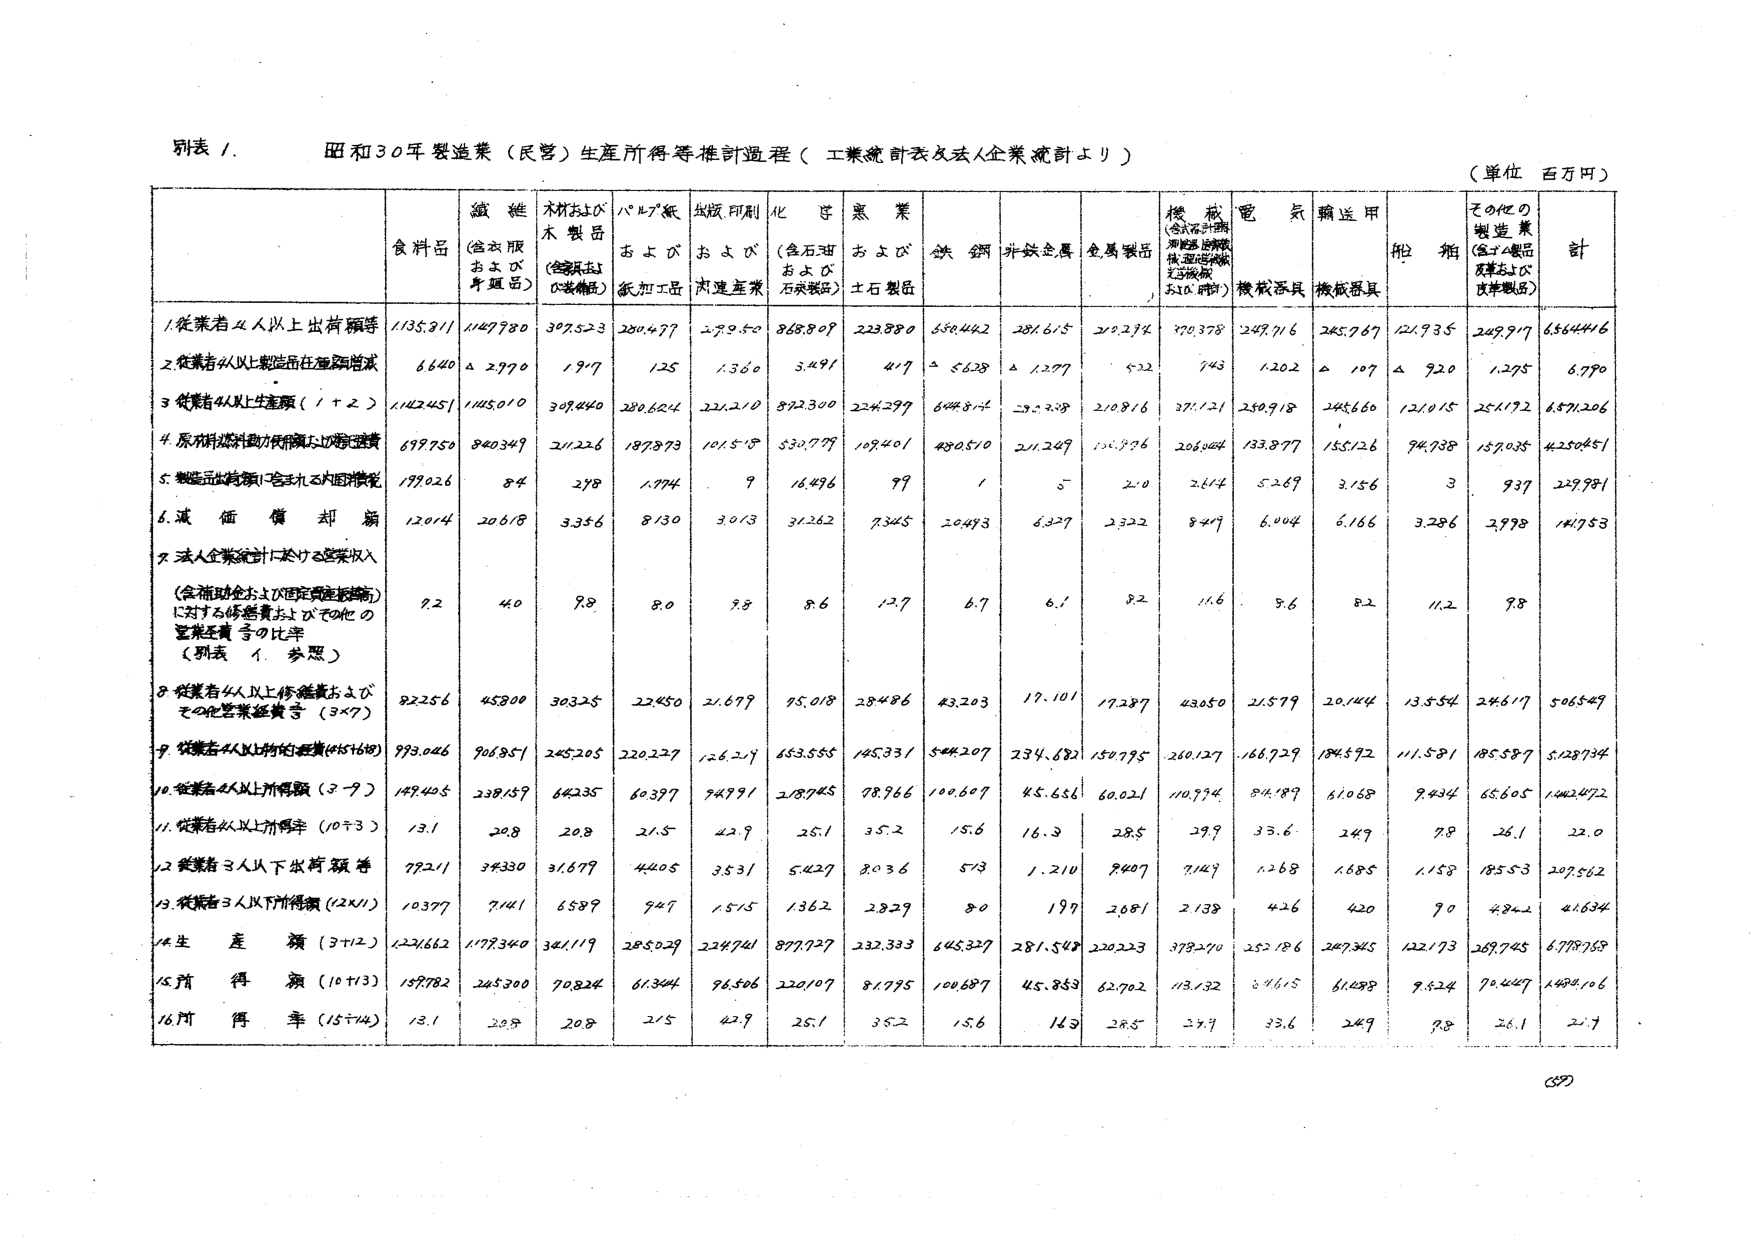
別表Ⅰ．
昭和３０年製造業（民営）生産所得等推計過程（工業統計表及法人企業統計より）
（単位 百万円）

| | 食料品 | 繊維（含衣服および身具） | 木材および木製品（含家具および装飾品） | パルプ紙および紙加工品 | 印刷・印刷および関連産業 | 化学（含石油および石炭製品） | 悪業および石製品 | 鉄鋼 | 非鉄金属 | 金属製品 | 機械（含工作機械、測定器、計器、機械工具、電気機械、通信機械、および機械類） | 電気機械器具 | 輸送用機械器具 | 船舶 | その他の製造業（含ゴム製品および皮革製品） | 計 |
|---|---|---|---|---|---|---|---|---|---|---|---|---|---|---|---|---|
| 1. 従業者４人以上出荷額等 | 1135.911 | 1147.790 | 307.523 | 280.477 | 279.950 | 868.809 | 223.880 | 650.442 | 281.615 | 210.274 | 770.378 | 249.716 | 245.767 | 121.935 | 249.917 | 6564.416 |
| 2. 従業者４人以上製造品仕入額増減 | 6.640 | △ 2.970 | 1.917 | 1.25 | 1.360 | 5.491 | 417 | △ 5.628 | △ 1.277 | 5.22 | 743 | 1.202 | △ 107 | △ 920 | 1.295 | 6.770 |
| 3. 従業者４人以上生産額（1＋2） | 1142.451 | 1145.010 | 309.440 | 280.602 | 221.210 | 872.300 | 224.297 | 644.814 | 279.338 | 210.816 | 371.121 | 250.918 | 245.660 | 121.015 | 251.172 | 6571.206 |
| 4. 原材料燃料動力費および間接費 | 697.750 | 840.347 | 211.226 | 187.873 | 101.518 | 530.779 | 109.401 | 480.510 | 211.247 | 111.976 | 206.064 | 133.877 | 155.126 | 94.738 | 159.035 | 4250.451 |
| 5. 製造品出荷額に含まれる内国消費税 | 179.026 | 84 | 298 | 1.774 | 9 | 16.496 | 99 | 1 | 5 | 210 | 2.614 | 5.269 | 3.156 | 3 | 937 | 229.991 |
| 6. 減価償却額 | 120.114 | 206.18 | 3.356 | 8.130 | 3.013 | 31.262 | 7.345 | 20.493 | 6.327 | 2.322 | 8.417 | 6.104 | 6.166 | 3.286 | 2.978 | 141.753 |
| 7. 法人企業統計における営業収入（各種助金および固定資産移転等）に対する修繕費およびその他の営業経費等の比率（別表Ⅰ 参照） | 9.2 | 4.0 | 9.8 | 8.0 | 9.8 | 8.6 | 12.7 | 6.7 | 6.1 | 8.2 | 11.6 | 5.6 | 8.2 | 11.2 | 9.8 | |
| 8. 従業者４人以上修繕費およびその他営業経費等（3×7） | 82.256 | 45.800 | 30.325 | 22.450 | 21.679 | 95.018 | 28.486 | 43.203 | 17.101 | 17.237 | 43.050 | 21.579 | 20.144 | 13.554 | 24.617 | 506.549 |
| 9. 従業者４人以上付加価値（3-5-6-8） | 993.046 | 906.951 | 245.205 | 220.227 | 126.217 | 653.555 | 145.331 | 544.207 | 234.682 | 150.795 | 260.127 | 166.929 | 184.592 | 111.581 | 185.537 | 5128.734 |
| 10. 従業者４人以上所得額（9-7） | 149.405 | 238.157 | 64.235 | 60.397 | 94.791 | 218.745 | 78.966 | 100.607 | 45.656 | 60.021 | 110.994 | 84.189 | 61.068 | 9.434 | 65.605 | 1442.472 |
| 11. 従業者４人以上所得率（10÷3） | 13.1 | 20.8 | 20.8 | 21.5 | 42.9 | 25.1 | 35.2 | 15.6 | 16.3 | 28.5 | 29.9 | 33.6 | 24.9 | 7.8 | 26.1 | 22.0 |
| 12. 従業者３人以下出荷額等 | 792.11 | 39.330 | 31.679 | 44.05 | 35.31 | 51.427 | 80.36 | 513 | 1.210 | 9407 | 71.49 | 1.268 | 1.685 | 1.158 | 185.53 | 207.562 |
| 13. 従業者３人以下所得額（12×11） | 103.77 | 7.141 | 6.589 | 9.47 | 15.15 | 13.62 | 2.829 | 80 | 197 | 2.681 | 2.138 | 4.26 | 420 | 90 | 4.842 | 41.634 |
| 14. 生産額（3＋12） | 1221.662 | 1177.340 | 341.119 | 285.029 | 224.741 | 877.727 | 232.333 | 645.329 | 281.548 | 220.223 | 378.270 | 252.186 | 247.345 | 122.173 | 269.745 | 6778.768 |
| 15. 所得額（10＋13） | 159.782 | 245.300 | 70.824 | 61.344 | 96.506 | 220.107 | 81.795 | 100.687 | 45.853 | 62.702 | 113.132 | 84.615 | 61.088 | 9.524 | 70.447 | 1484.106 |
| 16. 所得率（15÷14） | 13.1 | 20.8 | 20.8 | 21.5 | 42.9 | 25.1 | 35.2 | 15.6 | 16.3 | 28.5 | 29.9 | 33.6 | 24.9 | 7.8 | 26.1 | 21.9 |

(59)